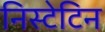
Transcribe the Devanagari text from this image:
निस्टेटिन